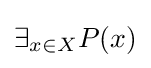
\exists _{x\in X}P(x)